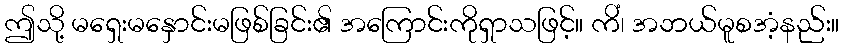
ဤသို့ မရှေးမနှောင်းမဖြစ်ခြင်း၏ အကြောင်းကိုရှာသဖြင့်။ ကိံ၊ အဘယ်မူစအံ့နည်း။